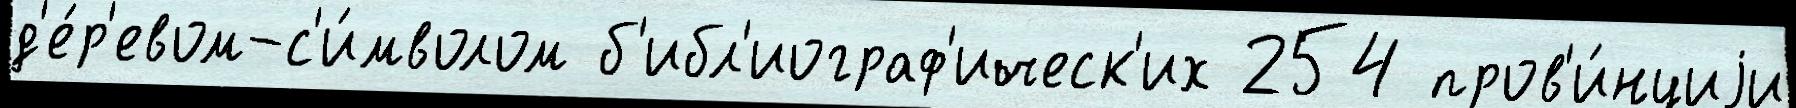
д'е́р'евом-с'и́мволом б'ибл'иограф'ическ'их 254 пров'и́нциjи